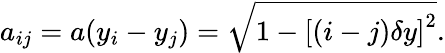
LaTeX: a_{ij}=a(y_{i}-y_{j})=\sqrt{1-\left[(i-j)\delta y\right]^{2}}.